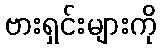
ဗားရှင်းများကို